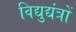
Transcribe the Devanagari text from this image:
विद्युद्यंत्रों